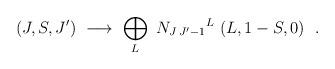
LaTeX: \begin{align*}(J,S,J')\ \longrightarrow\ \bigoplus_{L}\ {N_{J\,J'-1}}^{L}\ (L,1-S,0)\ \ .\end{align*}